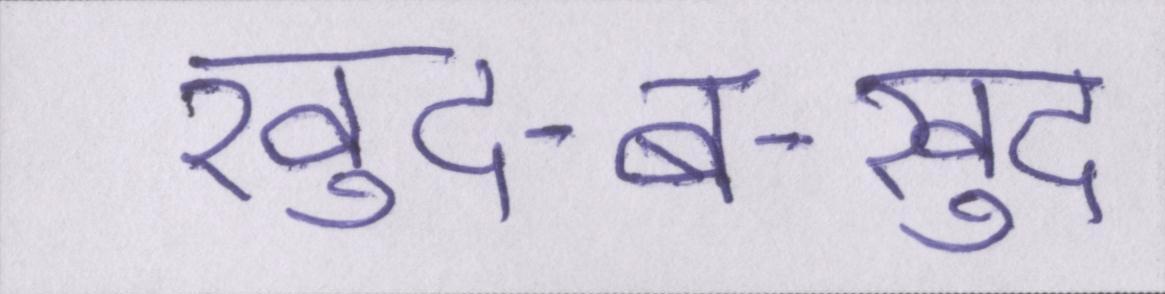
खुद-ब-खुद